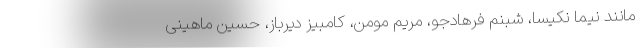
مانند نیما نکیسا، شبنم فرهادجو، مریم مومن، کامبیز دیرباز، حسین ماهینی